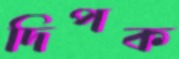
দিপক